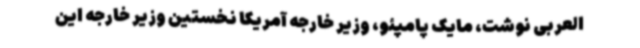
العربی نوشت، مایک پامپئو، وزیر خارجه آمریکا نخستین وزیر خارجه این